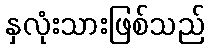
နှလုံးသားဖြစ်သည်